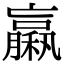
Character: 𥢵